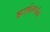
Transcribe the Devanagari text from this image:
झालेल्‍यांत